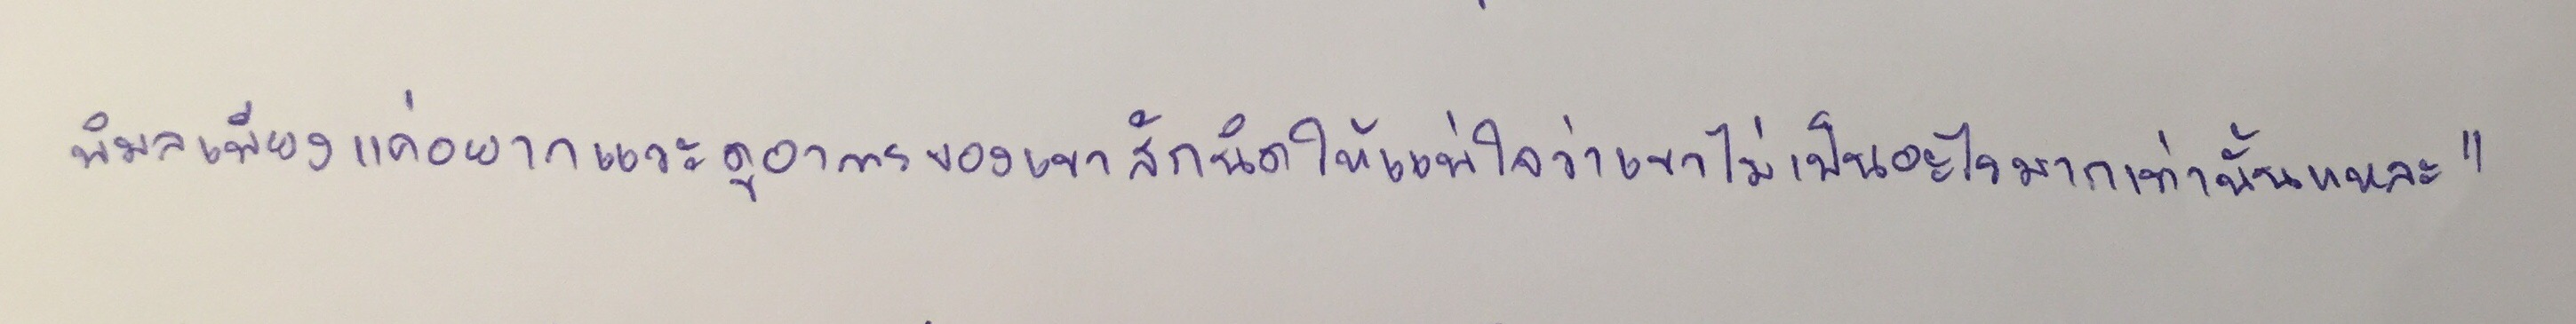
พิมลเพียงแค่อยากแวะดูอาการของเขาสักนิดให้แน่ใจว่าเขาไม่เป็นอะไรมากเท่านั้นแหละ"